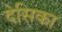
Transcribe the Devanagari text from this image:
देसिका